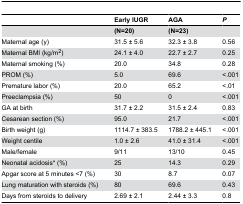
|  | Early IUGR | AGA | P |
 | --- | --- | --- | --- |
 |  | (N=20) | (N=23) |  |
 | Maternal age (y) | 31.5 ± 5.6 | 32.3 ± 3.8 | 0.56 |
 | Maternal BMI (kg/m2) | 24.1 ± 4.0 | 22.7 ± 2.7 | 0.25 |
 | Maternal smoking (%) | 20.0 | 34.8 | 0.28 |
 | PROM (%) | 5.0 | 69.6 | <.001 |
 | Premature labor (%) | 20.0 | 65.2 | <.01 |
 | Preeclampsia (%) | 50 | 0 | <.001 |
 | GA at birth | 31.7 ± 2.2 | 31.5 ± 2.4 | 0.83 |
 | Cesarean section (%) | 95.0 | 21.7 | <.001 |
 | Birth weight (g) | 1114.7 ± 383.5 | 1788.2 ± 445.1 | <.001 |
 | Weight centile | 1.0 ± 2.6 | 41.0 ± 31.4 | <.001 |
 | Male/female | 9/11 | 13/10 | 0.45 |
 | Neonatal acidosis* (%) | 25 | 14.3 | 0.29 |
 | Apgar score at 5 minutes <7 (%) | 30 | 8.7 | 0.07 |
 | Lung maturation with steroids (%) | 80 | 69.6 | 0.43 |
 | Days from steroids to delivery | 2.69 ± 2.1 | 2.44 ± 3.3 | 0.8 |